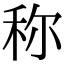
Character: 称